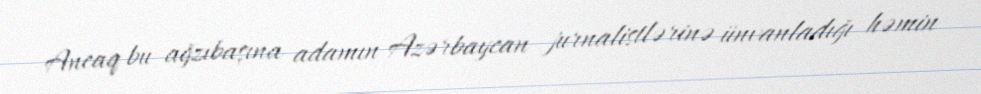
Ancaq bu ağzıbaşına adamın Azərbaycan jurnalistlərinə ünvanladığı həmin